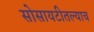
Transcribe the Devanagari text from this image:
सोसायटीतल्याच